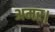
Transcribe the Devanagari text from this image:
अमर।